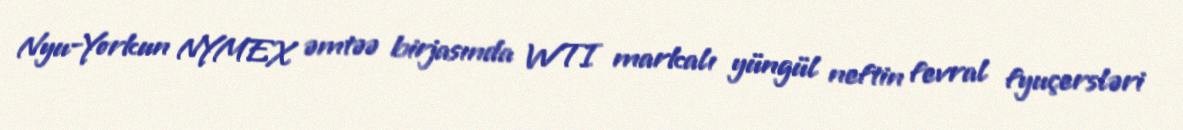
Nyu-Yorkun NYMEX əmtəə birjasında WTI markalı yüngül neftin fevral fyuçersləri